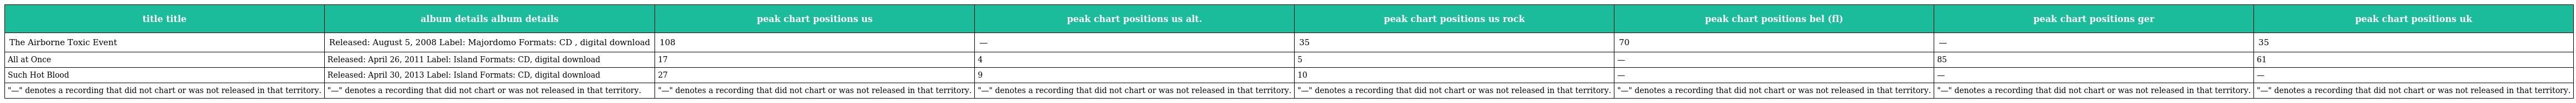
| title title | album details album details | peak chart positions us | peak chart positions us alt. | peak chart positions us rock | peak chart positions bel (fl) | peak chart positions ger | peak chart positions uk |
 | --- | --- | --- | --- | --- | --- | --- | --- |
 | The Airborne Toxic Event | Released: August 5, 2008 Label: Majordomo Formats: CD , digital download | 108 | — | 35 | 70 | — | 35 |
 | All at Once | Released: April 26, 2011 Label: Island Formats: CD, digital download | 17 | 4 | 5 | — | 85 | 61 |
 | Such Hot Blood | Released: April 30, 2013 Label: Island Formats: CD, digital download | 27 | 9 | 10 | — | — | — |
 | "—" denotes a recording that did not chart or was not released in that territory. | "—" denotes a recording that did not chart or was not released in that territory. | "—" denotes a recording that did not chart or was not released in that territory. | "—" denotes a recording that did not chart or was not released in that territory. | "—" denotes a recording that did not chart or was not released in that territory. | "—" denotes a recording that did not chart or was not released in that territory. | "—" denotes a recording that did not chart or was not released in that territory. | "—" denotes a recording that did not chart or was not released in that territory. |